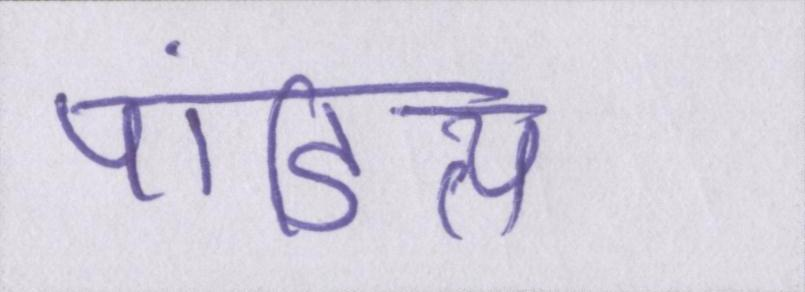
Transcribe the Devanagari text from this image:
पांडित्य